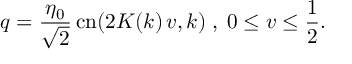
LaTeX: q = { \frac { \eta _ { 0 } } { \sqrt 2 } } \, \mathrm { c n } ( 2 K ( k ) \, v , k ) \; , \; 0 \leq v \leq \frac { 1 } { 2 } .